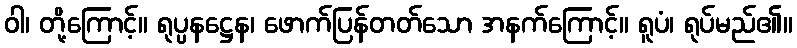
ဝါ၊ တို့ကြောင့်။ ရုပ္ပနဋ္ဌေန၊ ဖောက်ပြန်တတ်သော အနက်ကြောင့်။ ရူပံ၊ ရုပ်မည်၏။